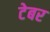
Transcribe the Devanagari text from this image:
टेबर